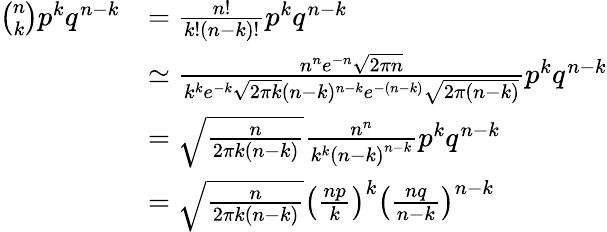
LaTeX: {\begin{array}{rl}{{\binom{n}{k}}p^{k}q^{n-k}}&{={\frac{n!}{k!(n-k)!}}p^{k}q^{n-k}}\\ &{\simeq{\frac{n^{n}e^{-n}{\sqrt{2\pi n}}}{k^{k}e^{-k}{\sqrt{2\pi k}}(n-k)^{n-k}e^{-(n-k)}{\sqrt{2\pi(n-k)}}}}p^{k}q^{n-k}}\\ &{={\sqrt{\frac{n}{2\pi k\left(n-k\right)}}}{\frac{n^{n}}{k^{k}\left(n-k\right)^{n-k}}}p^{k}q^{n-k}}\\ &{={\sqrt{\frac{n}{2\pi k\left(n-k\right)}}}\left({\frac{np}{k}}\right)^{k}\left({\frac{nq}{n-k}}\right)^{n-k}}\end{array}}